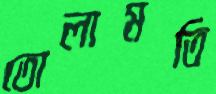
তোলামতি